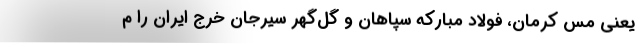
یعنی مس کرمان، فولاد مبارکه سپاهان و گل‌گهر سیرجان خرج ایران را م